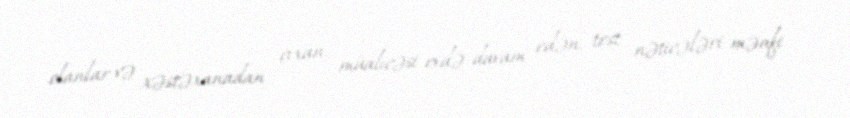
olanlar və xəstəxanadan çıxan, müalicəsi evdə davam edən, test nəticələri mənfi